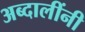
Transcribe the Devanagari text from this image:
अब्दालींनी